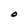
Character: O